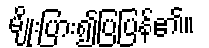
မျိုးပြား၍ပြပြန်၏။